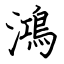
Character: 鴻